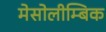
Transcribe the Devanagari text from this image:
मेसोलीम्बिक